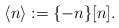
\begin{align*}\langle n \rangle := \{-n\}[n].\end{align*}